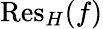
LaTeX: {\mathrm{Res}}_{H}(f)